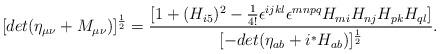
LaTeX: \begin{align*}[det(\eta_{\mu\nu}+M_{\mu\nu})]^{\frac{1}{2}}=\frac{[1+(H_{i5})^2-\frac{1}{4!}\epsilon^{ijkl}\epsilon^{mnpq}H_{mi}H_{nj}H_{pk}H_{ql}]}{[-det(\eta_{ab}+i{}^*H_{ab})]^{\frac{1}{2}}}.\end{align*}